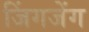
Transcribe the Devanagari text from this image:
जिंगजेंग